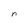
Character: n